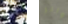
سوق والر